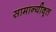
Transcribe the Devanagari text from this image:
सामान्यीक्र्त